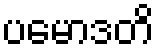
ပမောဒတိ